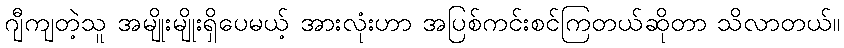
ဂျီကျတဲ့သူ အမျိုးမျိုးရှိပေမယ့် အားလုံးဟာ အပြစ်ကင်းစင်ကြတယ်ဆိုတာ သိလာတယ်။